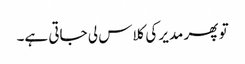
تو پھر مدیر کی کلاس لی جاتی ہے۔